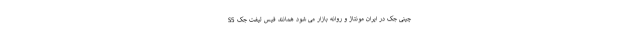
چینی جک در ایران مونتاژ و روانه بازار می شود همانند فیس لیفت جک S5